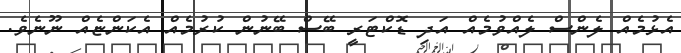
އެޅުމެއް ލެންސް ލެއްވުމެއް އަދި ޑޮކްޓަރީ ބޭސް ބޭނުން ކުރުމެއް އެކަންޏެއް ނޫނެވެ.